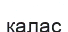
калас